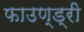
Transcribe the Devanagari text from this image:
फाउण्ड्री